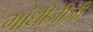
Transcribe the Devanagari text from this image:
गांधीजीजी